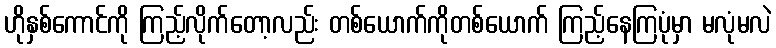
ဟိုနှစ်ကောင်ကို ကြည့်လိုက်တော့လည်း တစ်ယောက်ကိုတစ်ယောက် ကြည့်နေကြပုံမှာ မလုံမလဲ